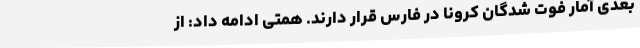
بعدی آمار فوت شدگان کرونا در فارس قرار دارند. همتی ادامه داد: از